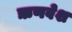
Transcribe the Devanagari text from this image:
ऋणवेश